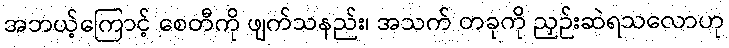
အဘယ့်ကြောင့် စေတီကို ဖျက်သနည်း၊ အသက် တခုကို ညှဉ်းဆဲရသလောဟု